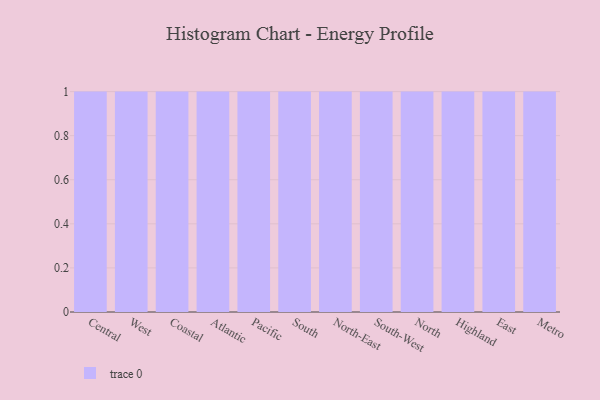
{"axis": {"x": "Region", "y": "Page Views"}, "legend": [""], "data": [{"x": "Central", "y": 41, "type": ""}, {"x": "West", "y": 6, "type": ""}, {"x": "Coastal", "y": 34, "type": ""}, {"x": "Atlantic", "y": 73, "type": ""}, {"x": "Pacific", "y": 87, "type": ""}, {"x": "South", "y": 97, "type": ""}, {"x": "North-East", "y": 38, "type": ""}, {"x": "South-West", "y": 64, "type": ""}, {"x": "North", "y": 42, "type": ""}, {"x": "Highland", "y": 1, "type": ""}, {"x": "East", "y": 45, "type": ""}, {"x": "Metro", "y": 72, "type": ""}]}